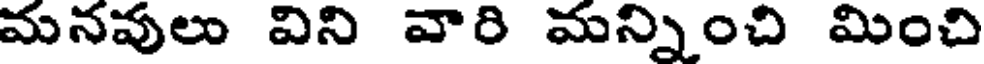
మనవులు విని వారి మన్నించి మించి